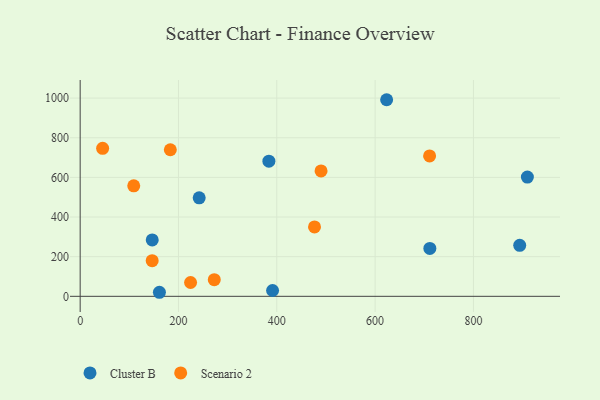
{"axis": {"x": "Investment", "y": "Sales"}, "legend": ["Cluster B", "Scenario 2"], "data": [{"x": "711.3", "y": 241.5, "type": "Cluster B"}, {"x": "383.9", "y": 681.7, "type": "Cluster B"}, {"x": "391.4", "y": 29.3, "type": "Cluster B"}, {"x": "909.7", "y": 601.6, "type": "Cluster B"}, {"x": "146.6", "y": 284.7, "type": "Cluster B"}, {"x": "623.4", "y": 991.8, "type": "Cluster B"}, {"x": "894.1", "y": 257.1, "type": "Cluster B"}, {"x": "161.2", "y": 20.4, "type": "Cluster B"}, {"x": "242.1", "y": 496.7, "type": "Cluster B"}, {"x": "476.7", "y": 350.3, "type": "Scenario 2"}, {"x": "272.8", "y": 83.9, "type": "Scenario 2"}, {"x": "183.4", "y": 739.5, "type": "Scenario 2"}, {"x": "109.0", "y": 557.3, "type": "Scenario 2"}, {"x": "490.0", "y": 632.8, "type": "Scenario 2"}, {"x": "45.7", "y": 746.6, "type": "Scenario 2"}, {"x": "224.6", "y": 69.6, "type": "Scenario 2"}, {"x": "146.5", "y": 179.9, "type": "Scenario 2"}, {"x": "710.8", "y": 708.1, "type": "Scenario 2"}]}